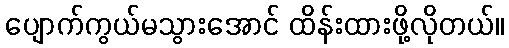
ပျောက်ကွယ်မသွားအောင် ထိန်းထားဖို့လိုတယ်။